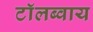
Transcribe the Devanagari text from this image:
टाॅलब्वाय